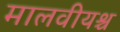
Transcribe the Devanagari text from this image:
मालवीयश्च